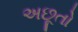
અછૂતો